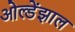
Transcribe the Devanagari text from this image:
ओल्डेंझाल